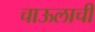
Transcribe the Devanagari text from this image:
चाऊलाची